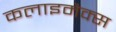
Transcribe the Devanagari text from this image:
कलाइमैक्स